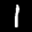
Label: 1